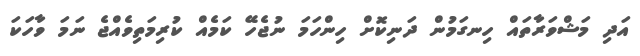
އަދި މަޝްވަރާތައް ހިނގަމުން ދަނިކޮށް ހިންހަމަ ނުޖެހޭ ކަމެއް ކުރިމަތިވެއްޖެ ނަމަ ވާހަކަ